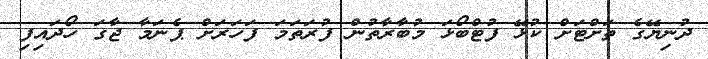
ދުނިޔޭގެ ތަށްޓަށް ކުޅޭ ފުޓްބޯޅަ މުބާރާތުން ފުރަތަމަ ފަހަރަށް ޕެނަމާ ޖާގަ ހޯދައިފި